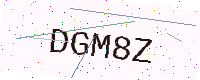
Text: DGM8Z